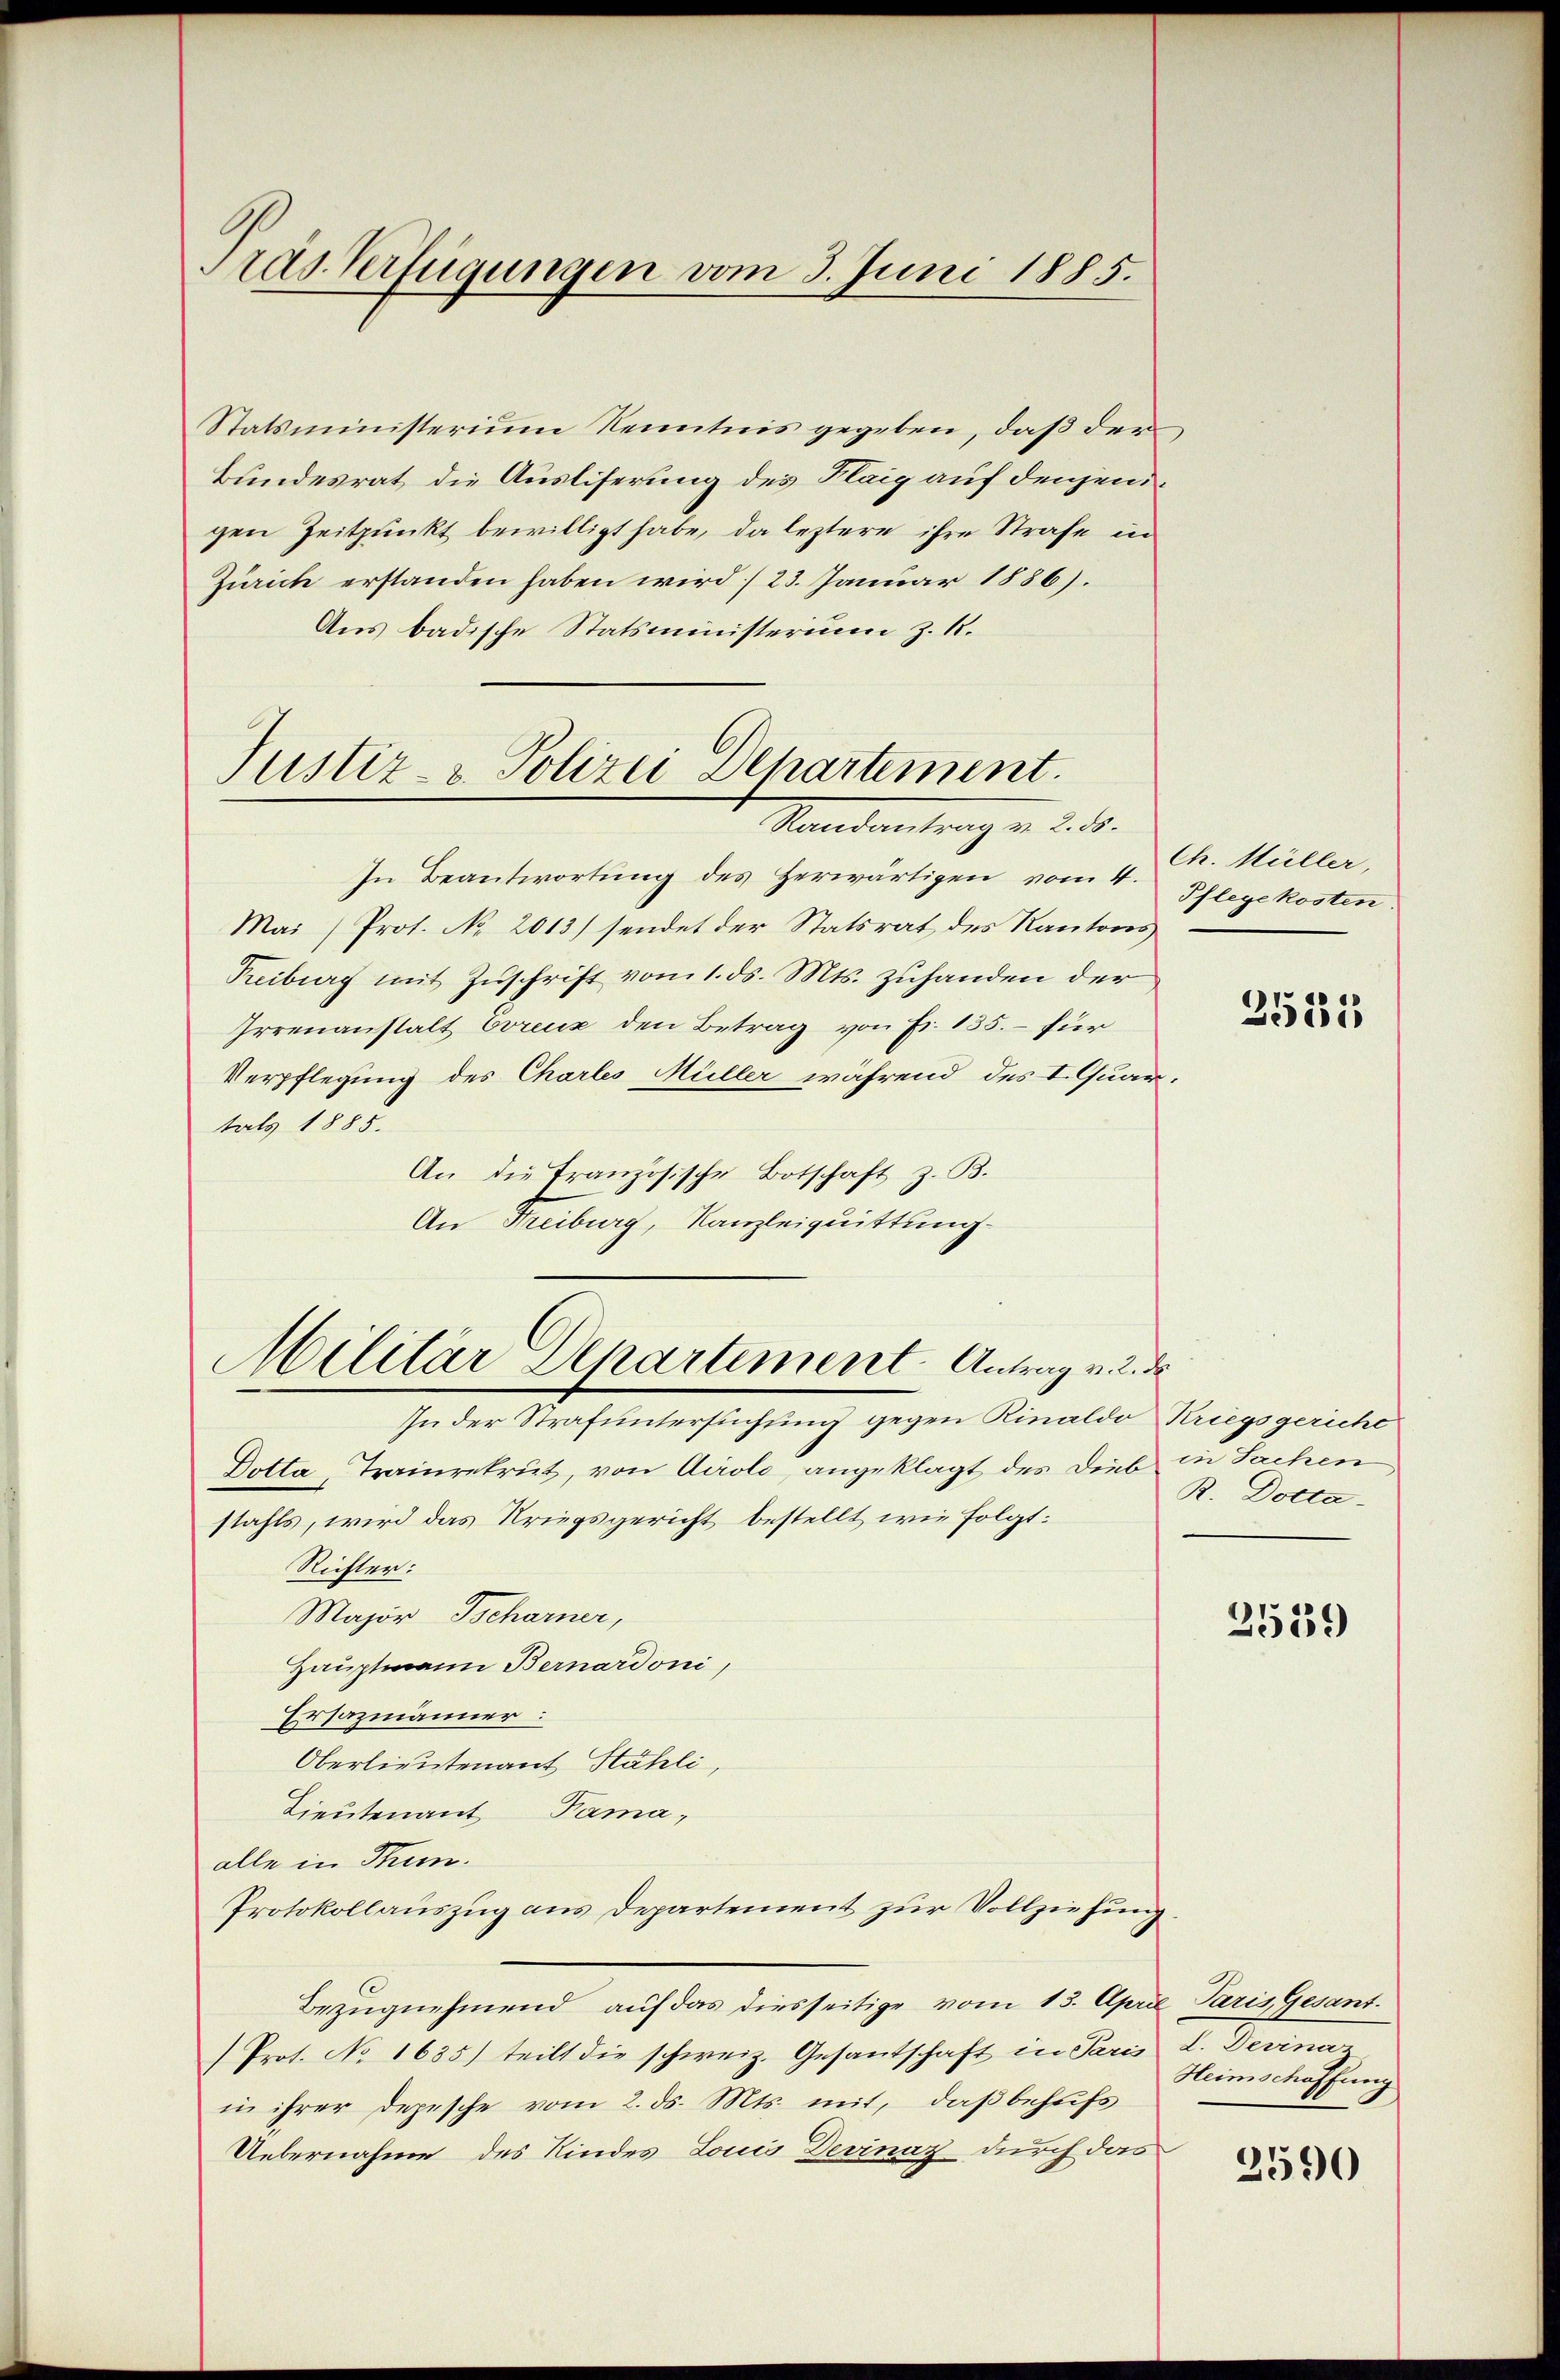
Pras Verfügungen vom 3. Juni 1885.

Statsministerium Kenntnis gegeben, daß der
Bundesrat die Ausliserung des Flaig auf denjenigen Zeitpunkt bewilligt habe, da leztere ihre Strafe in
Zürich erstanden haben wird /23. Januar 1886).
Aus badische Statsministerium z. R.

Justiz- & Polizei Departement.
Mandantrag . ad.

In Beantwortŭng des herwärtigen vom 4. Pflegekosten.
Mai (Prot. No 2013) sendet der Statsrat des Kantons
Freiburg mit Zŭschrift vom 1. ds. Mts. zuhanden der
Irrenanstalt Eorenz den Betrag von Fr. 135. – für
Verpflegung des Chartes Müller während des I. Quar.
tals 1885.
An die Französische Botschaft z. B.
An Freiburg, Kanzleiquittung.

Militär Departement - Antrag v. 2. ds
In der Strafuntersuchung gegen Rinaldo Kriegsgericht

Dotta, Trainrekrut, von Airolo, angeklagt des Dieb in Sachen
stahls, wird das Kriegsgericht bestellt, wie folgt:
Richter:
Major Tscharner,
Hauptmann Bernardoni,
Ersazmänner:
Oberlieutenant Stähli,
Lieutenant Fama,
alle in Hun
Protokollauszug aus Departement zur Vollziehung.
Bezugnehmend auf das diesseitige vom 13. April Paris Gesant.
Prot. No 1635) teilt die schweiz. Gesantschaft in Paris d. Devina
in ihrer Depesche vom 2. ds. Mts. mit, daß behufs
Uebernahme des Kindes Louis Devinaz durch das

Ch. Müller,

R. Dotta-

3531

2539

Heimschaffung

2590